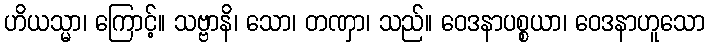
ဟိယသ္မာ၊ ကြောင့်။ သဗ္ဗာနိ၊ သော၊ တဏှာ၊ သည်။ ဝေဒနာပစ္စယာ၊ ဝေဒနာဟူသော